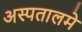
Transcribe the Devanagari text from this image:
अस्पतालमे